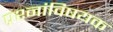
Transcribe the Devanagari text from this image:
प्रश्नांविषयक